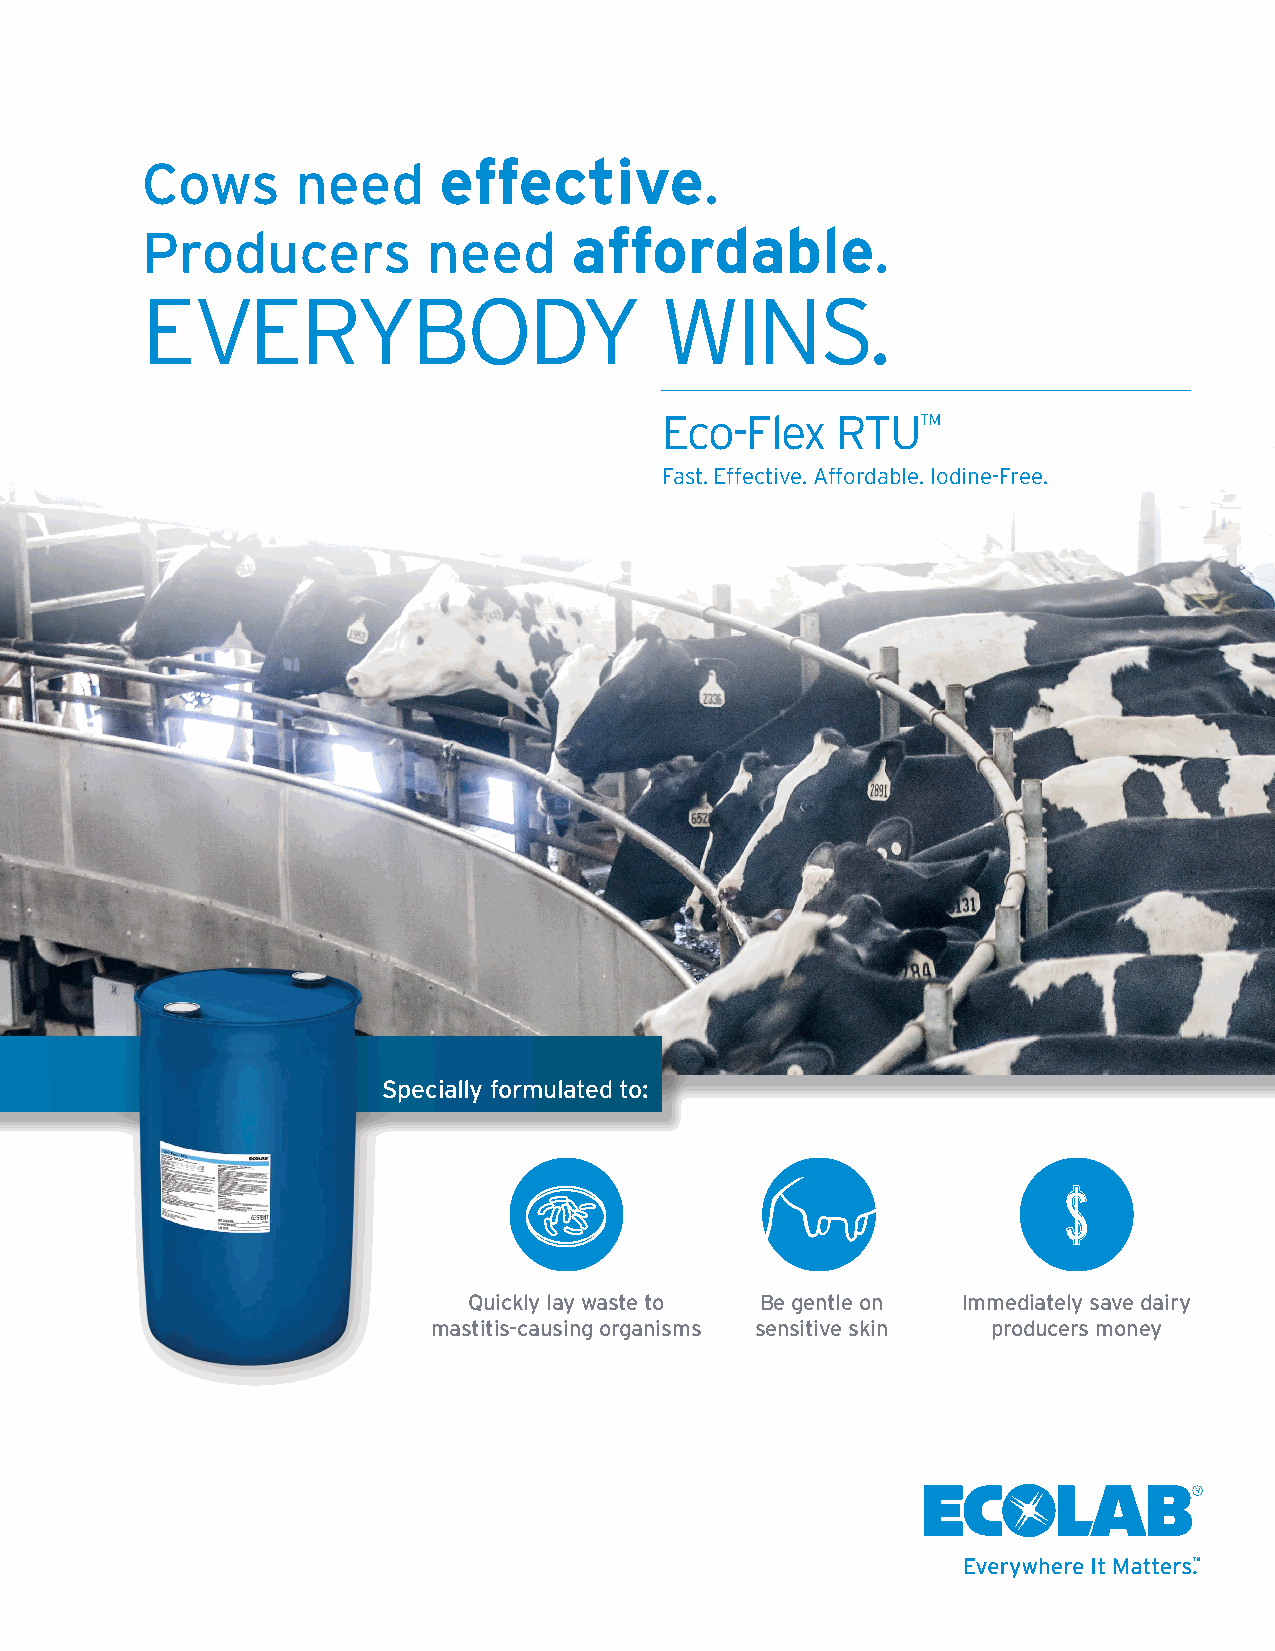
Cows       need     effective.
 Producers          need      affordable.
 EVERYBODY                          WINS.
 Eco-Flex   RTU™
 Fast. Effective. Affordable. Iodine-Free.
 Specially formulated to:
 $
 Quickly lay waste to Be gentle on Immediately save dairy
 mastitis-causing organisms sensitive skin producers money
 TM